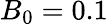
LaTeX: B_{0}=0.1